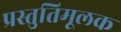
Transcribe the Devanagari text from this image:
प्रस्तुतिमूलक